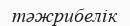
тәжрибелік